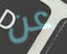
عن